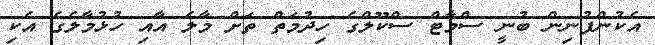
އެކުންފުނިން ބުނީ ސްމާޓް ސްކޫލްގެ ހިދުމަތް ތަށް މާލެ އާއި ހުޅުމާލެގެ އެކި